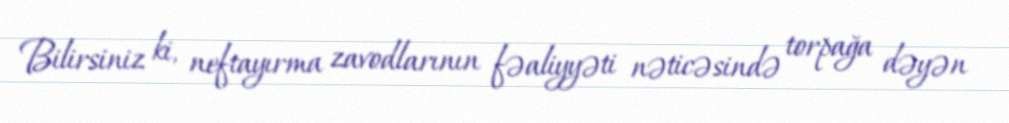
Bilirsiniz ki, neftayırma zavodlarının fəaliyyəti nəticəsində torpağa dəyən